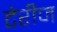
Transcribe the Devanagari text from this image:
टेरीज